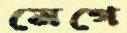
মেগে